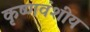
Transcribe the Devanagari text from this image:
कृष्णवंशीय